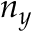
n _ { y }